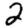
Digit: 2